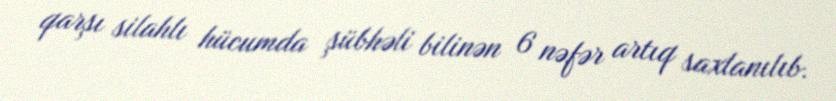
qarşı silahlı hücumda şübhəli bilinən 6 nəfər artıq saxlanılıb.